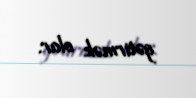
gətirmək olar.